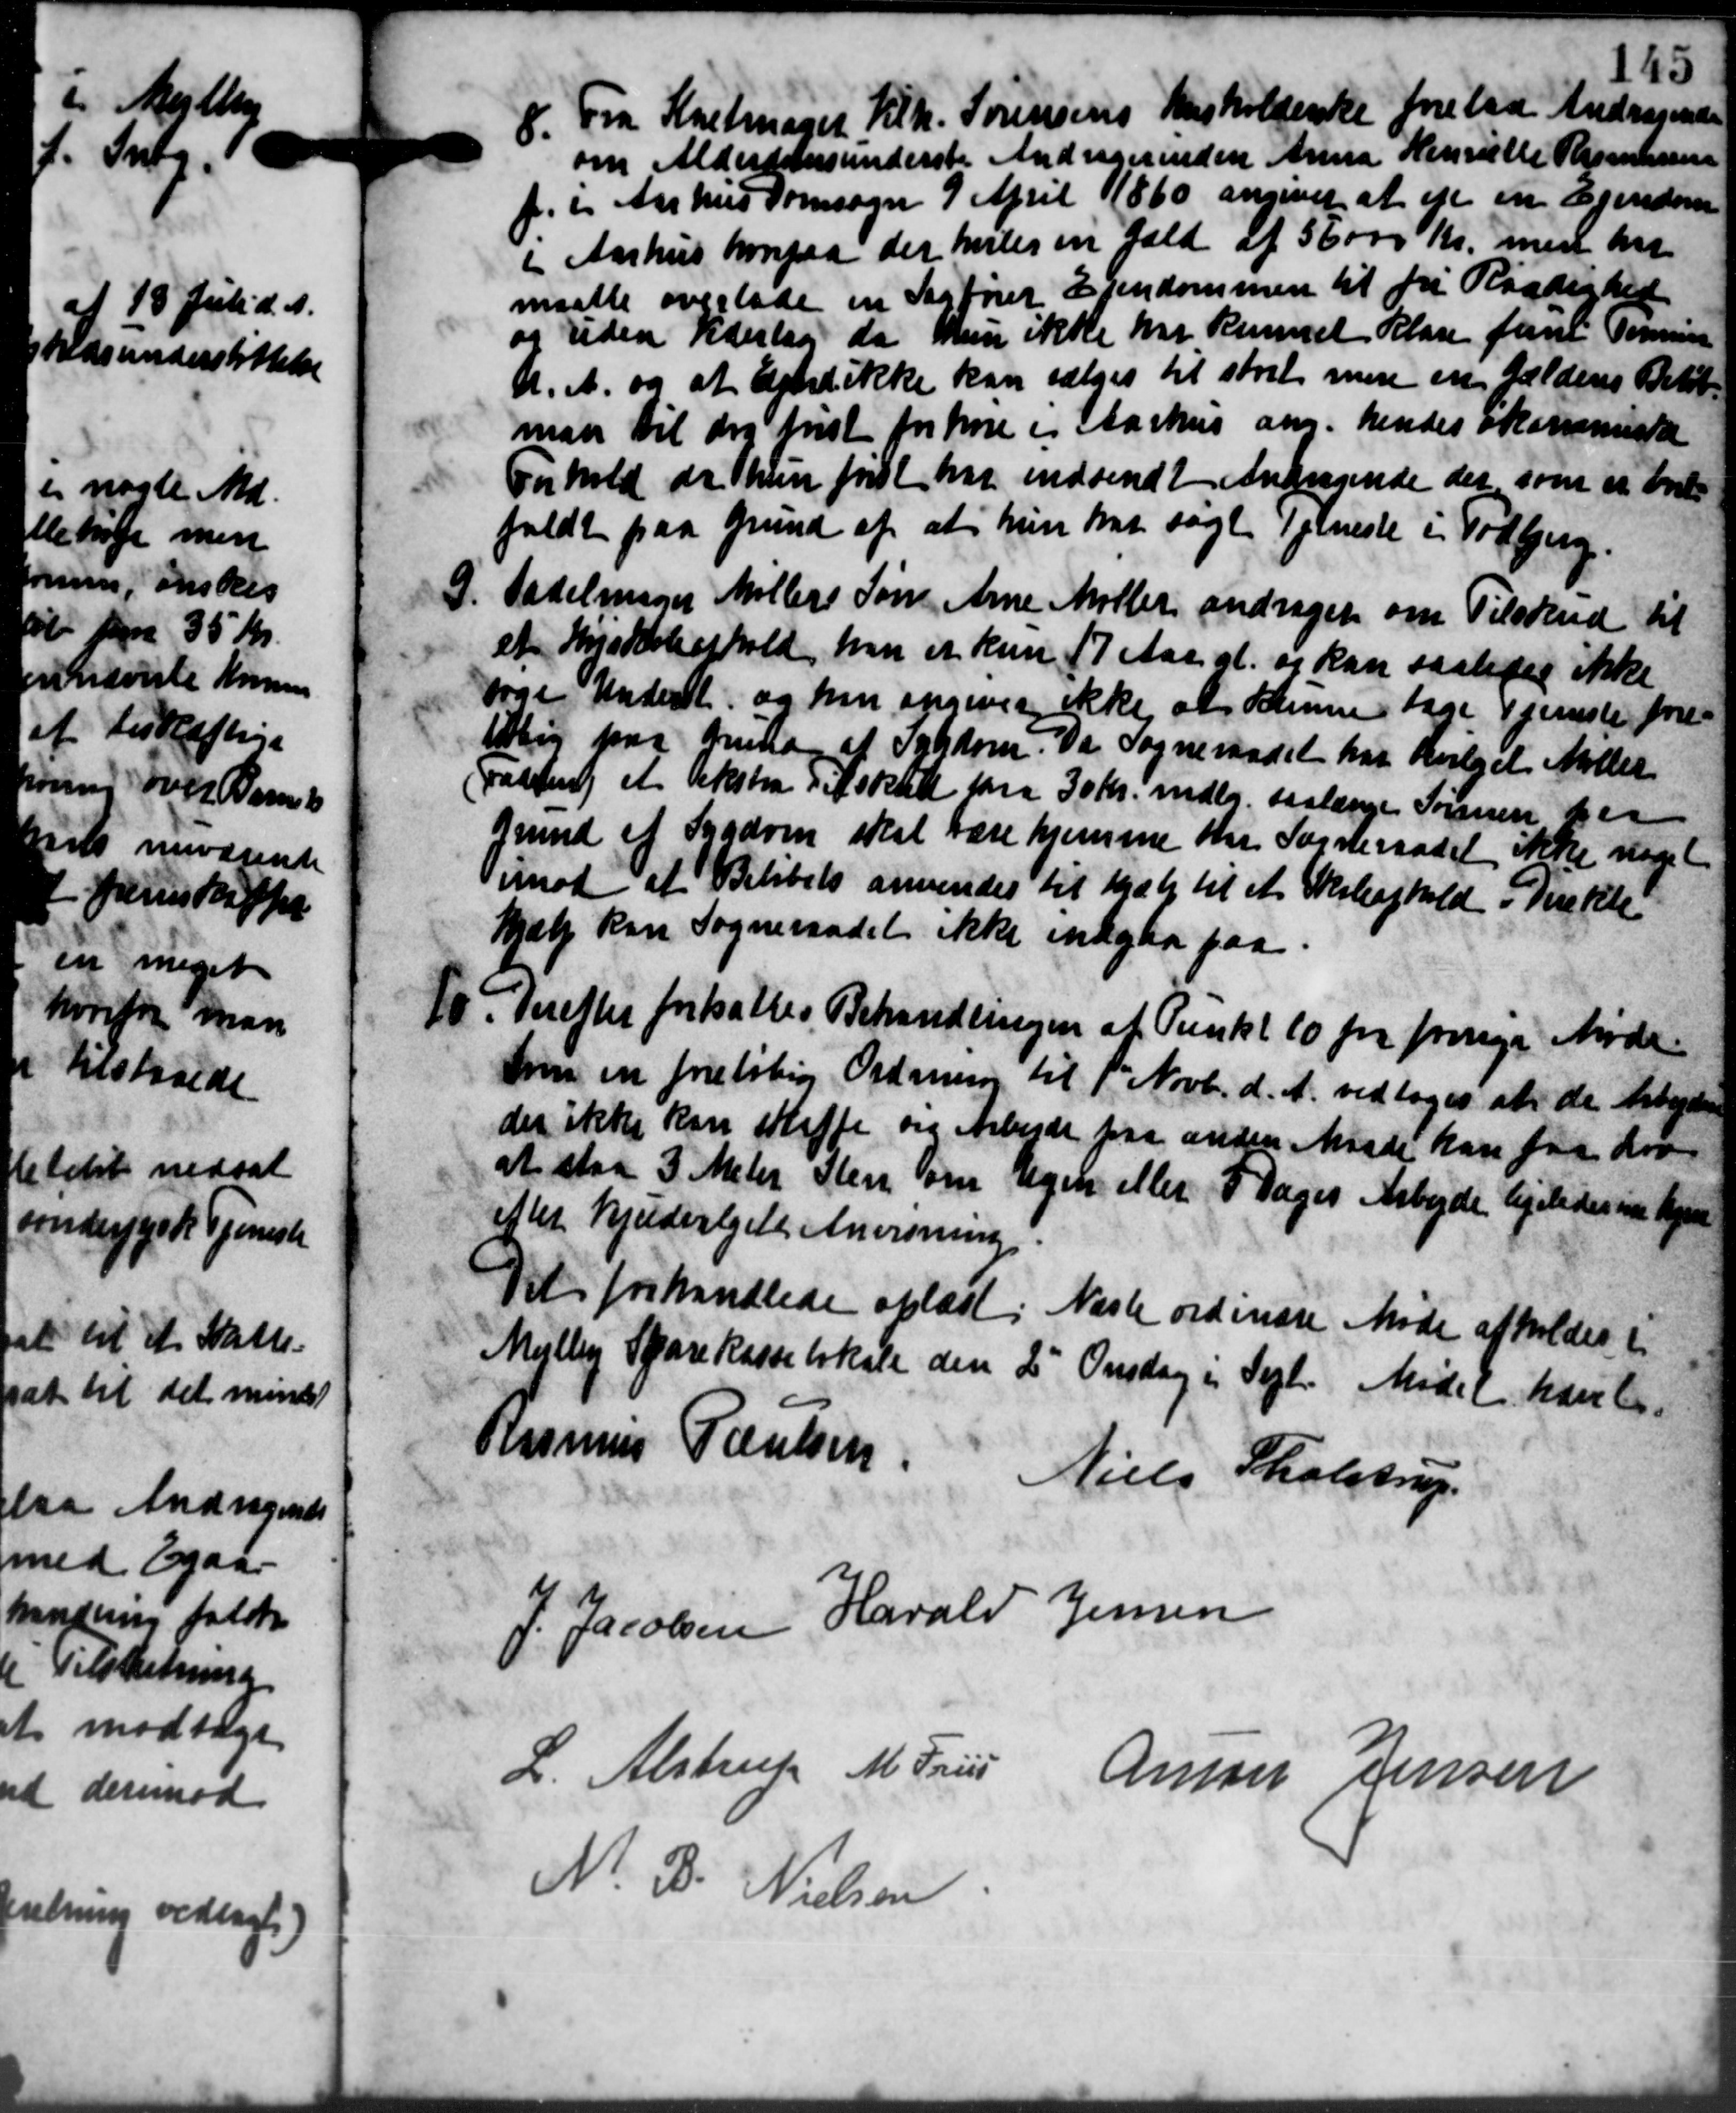
Transskription:
8. Fra Kretmager Kilh. Sørensens Husholderske forelaa Andragende
8. Fra Kretmager Kilh. Sørensens Husholderske forelaa Andragende
om Alderdomsunderste Andragerinden Anna Henriette Rasmussen
f. i Aarhus Domsagn 9 April 1860 angivet at eje en Ejendom
i Aarhus hvorpaa der heles en Gæld af 56.000 Kr. med har
maatte overlade en Sagfører Ejendommen til fri Raadighed.
og uden yderlag, da hun ikke har Rummet Klage fine Tomer
d. A. og at and ikke kan sælges til stort mere en Gældens Beløb
man til dog tvist for høre i Aarhus ang. hendes økommisar
Forhold da hun først har indsendt Andragende der som er bet
faldt paa Grund af at hun har søge Tjeneste i Todbjerg.

Sadelmager Møllers Søn Arne Møller andrager om Tilskud til
et Huskobehold han et kun 17 Aar gl. og kan saaledes ikke
søge Underst og han opgives ikke at kunne tage Tjeneste fore-
tolig paa Grund af Sygdom. Da Sogneraadet har bevilget Møller
Fadding et ekstra Tilskud paa 30 Kr. mdlg. saalænge Sørensen har
Grund af Sygdom skal være hjemme har Sogneraadet ikke noget
imod at Beløbets anvendes til Hjælp til et Skoleophold i Trekte
hjælp kan Sogneraadet ikke indgaa paa

Derefter fortsattes Behandlingen af Punkt 10 for forrige Møde.
som en foreløbig Ordning til 1 Novb. d. A. vedtoges at de Arbejde
der ikke kan skaffe om Arbejde paa andrer Maade kan faa der
at staa 3 Meter Sten om Ugen eller 8 Dages Arbejde ligeledes in hjem
efter Hjudvalgets Anvisning
Det forhandlede oplæst. Næste ordinære Møde afholdes i
Mejlby Sparekasselokale den 2 Onsdag i Sept. Mødet hævet.
Rasmus Poulsen
Niels Tholstrup
Jacobsen Harald Jensen
L. Alstrup M. Fru Anton Jensen